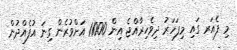
މި ފެއަރ ގައި މިފަހަރު ދިވެހިރާއްޖެ އިން 11000 އަށްވުރެން ގިނަ އުފެއްދުން